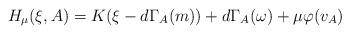
LaTeX: \begin{align*}H_\mu(\xi,A)=K(\xi-d\Gamma_A(m))+d\Gamma_A(\omega)+\mu \varphi(v_A)\end{align*}